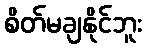
စိတ်မချနိုင်ဘူး